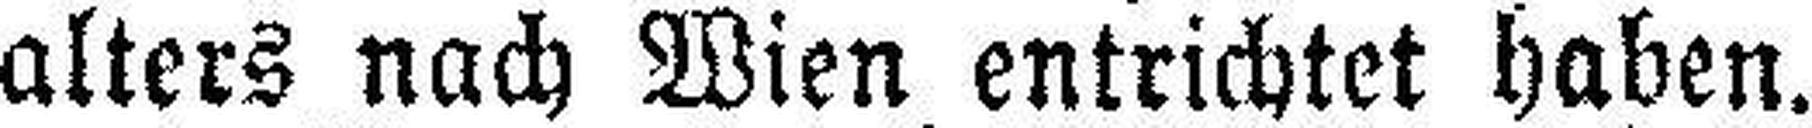
alters nach Wien entrichtet haben.